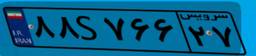
۸۸S۷۶۶۲۷